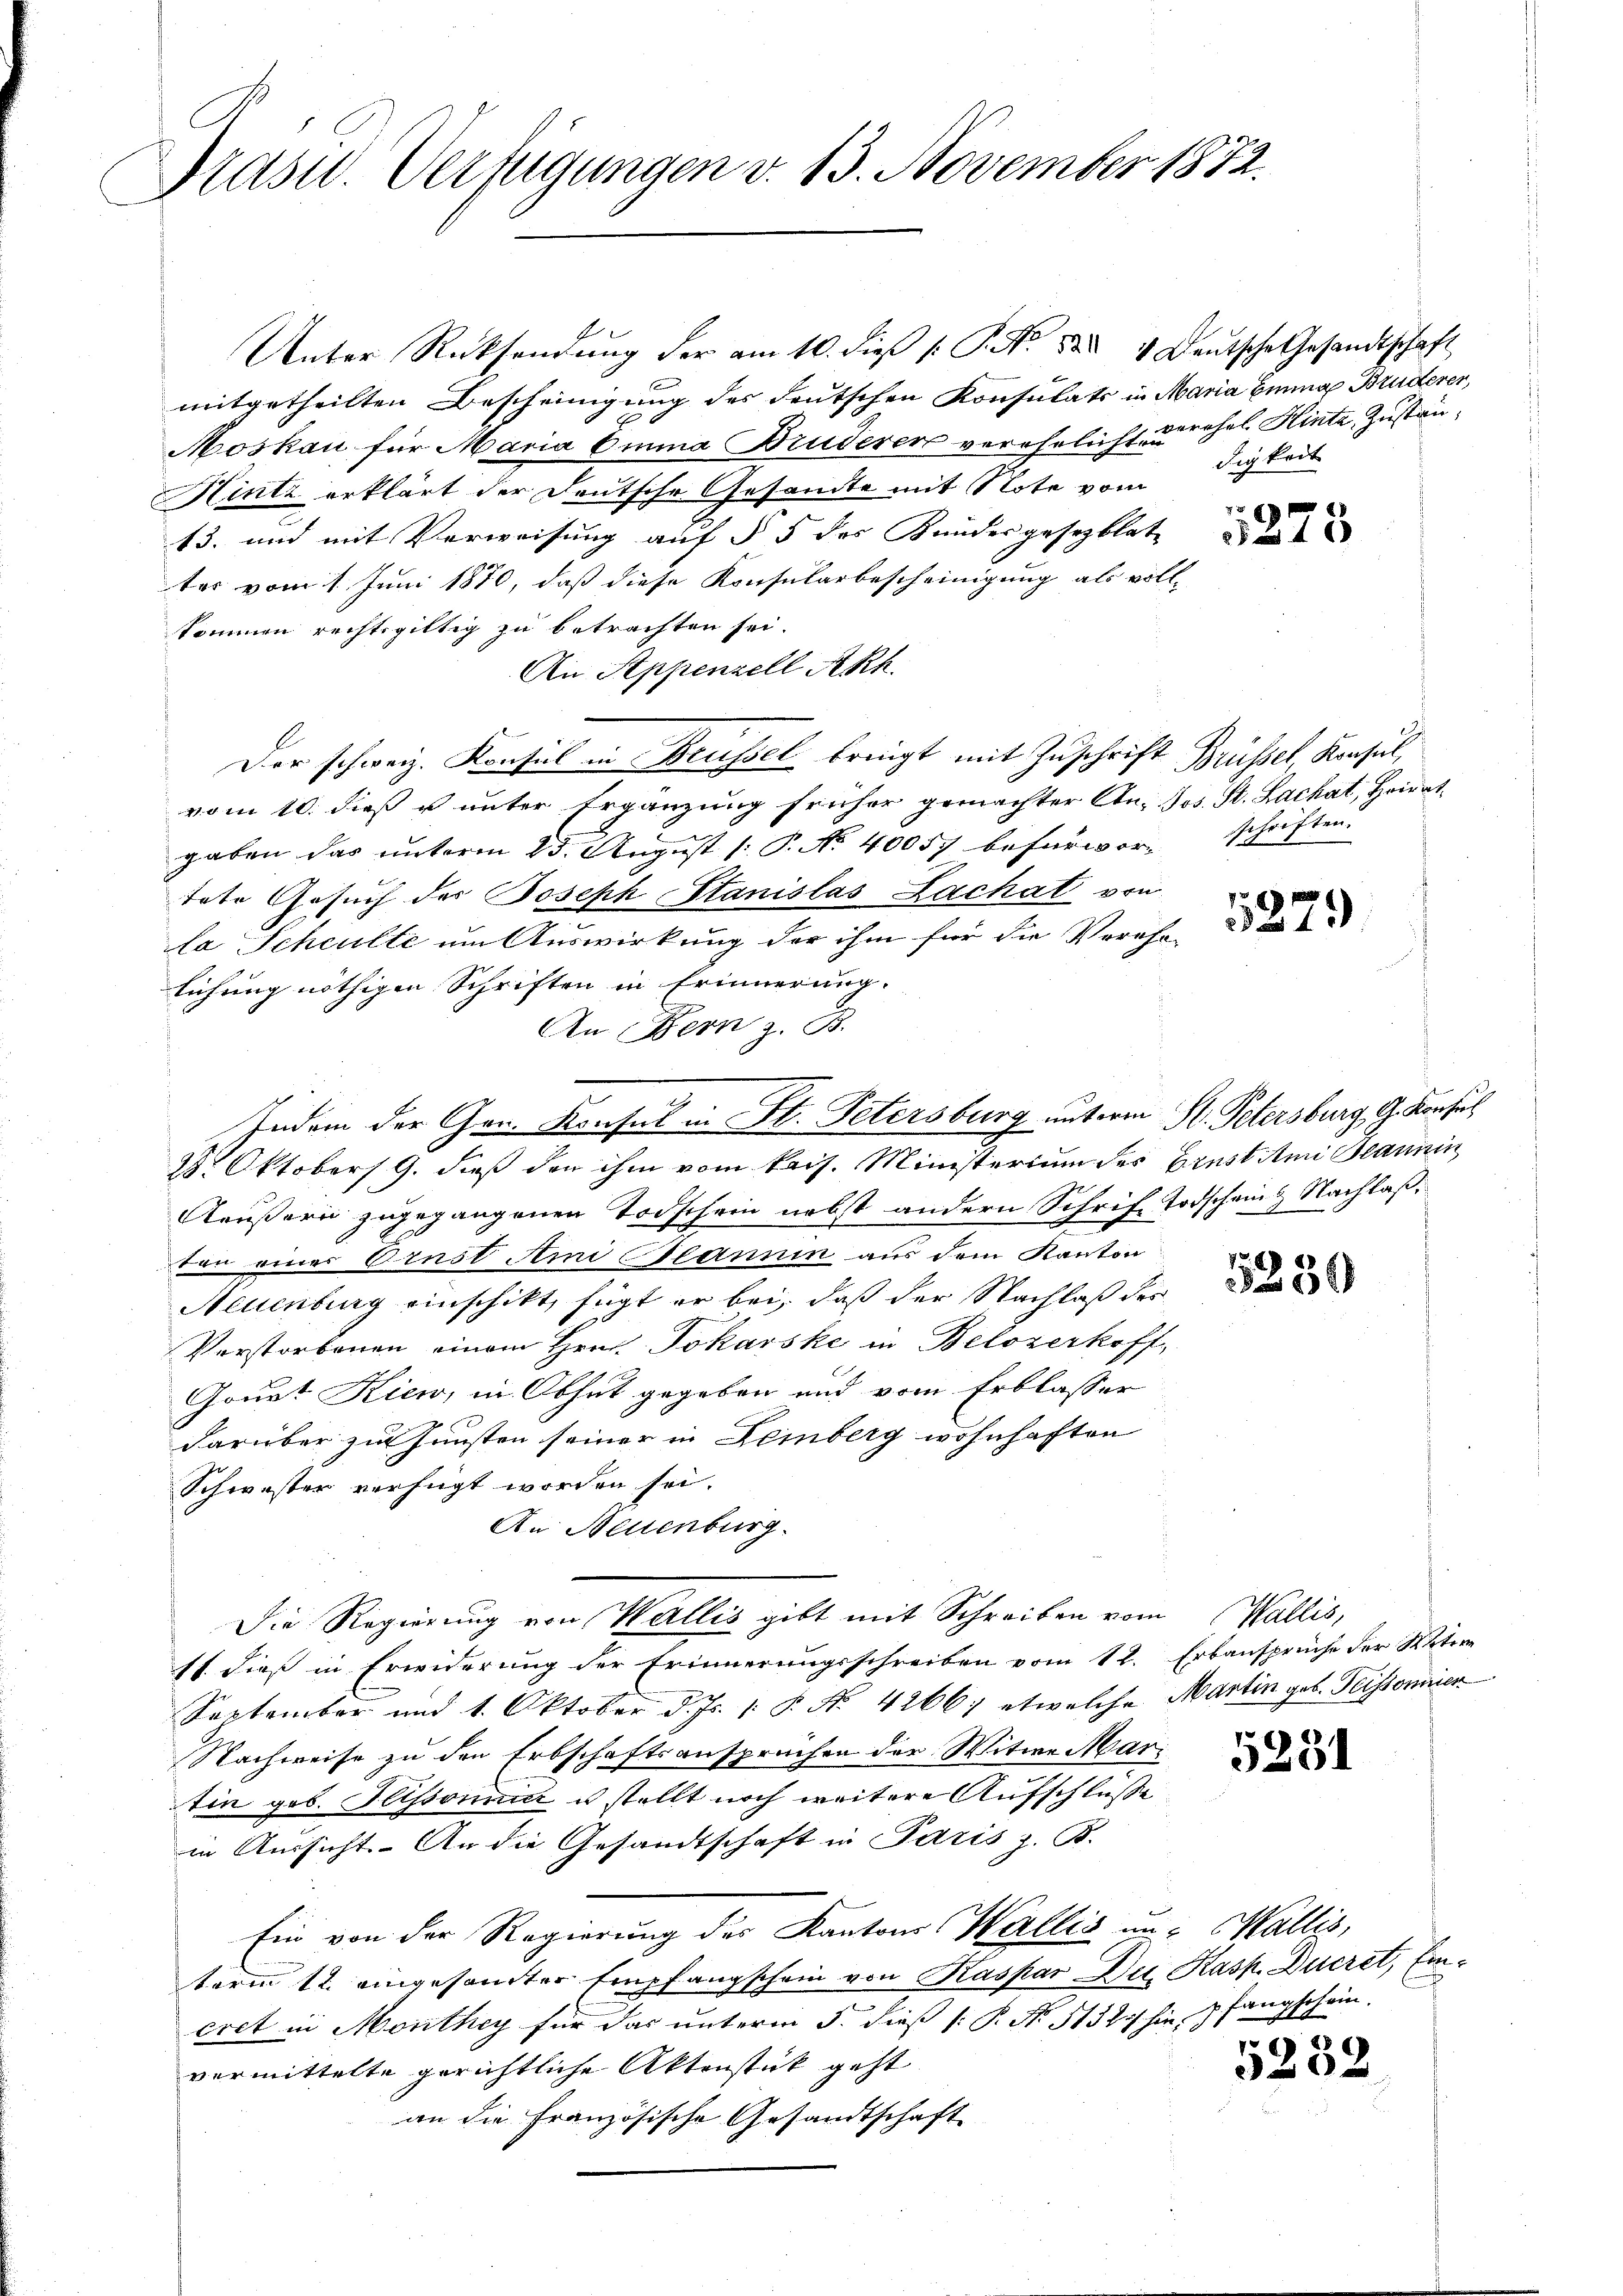
Kasw. Verfügungen v. 13. November 1872.

Unter Rücksendŭng der am 10. dieß P. Nr. 52. 4. Deutsche Gesandtschaft
mitgetheilten Bescheinigung des deutschen Konsulats in Maria Banna Bruderer,
Moskau für Maria Emma Bruderer verehelicht er ehel. Hinta, Zustän¬
Hintz erklärt der Deutsche Gesamte mit Note vom digkeit
13. und mit Verweisung auf § 5 des Bundesgesezblat
ter vom 1. Juni 1870, daß diese Konsularbescheinigung als voll-
kommen rechtsgültig zu betrachten sei.
An Appenzell Akh.
Der schweiz. Konsul in Brüssel bringt mit Zuschrift Brüssel, Konsul,
vom 10. dieß u unter Ergänzung früher gemachter An- Jos. St. Lachat, Heiratgaben das unterm 25. August [: P. No. 40057 befürwortote Gesuch des Joseph Stanislas Lachat von
la Schulte um Auswirkung der ihm für die Verehe-
lichung nöthigen Schriften in Erinnerung.
An Bern z. B.
2 Oktobers 9. dieß den ihm vom kais. Ministerium des Ernst Ami Bannin
Aeußern zugegangenen Todschein nebst andern Schrif Todschainz Nachlaßton eines Ornst Ami Plannin aus dem Kanton
Neuenburg einschikt, fügt er bei, daß der Nachlaß des
Verstorbenen einem Hrn. Jokarske in Belozerkoff
Gonat Kien, in Obhut gegeben und vom Erblasser
darüber zu Gunsten seiner in Deinberg wohnhaften
Schwester verfügt worden sei.
An Neuenburg.
Die Regierung von Wallis gibt mit Schreiben vom Wallis,
st dieß in Erwiderung der Erinnerungsschreiben vom 12. Erbansprüche der Weitere
September und 1. Oktober d. Js. /: P. No. 4266; etwelche Martin geb. Peissonnier
Nachweise zu den Erbschaftsansprüchen der Witwe Martin geb. Sissonnicz u stellt noch weitere Aufschluße
in Aussicht. An die Gesandtschaft in Paris z. B.
Ein von der Regierung des Kantons Wallis un- Wallis,
term 12. eingesamter Empfangschein von Kaspar Die Kasp. Ducret, Eincret in Monthey für das unterm 5. dieß P. No. 5132/ hie pfangschein.
vermittelte gerichtliche Aktenstück geht
an die Französische Gesandtschaft

Indem der Gen. Konsul in St. Petersburg unterm St. Petersburg G. Konsul

1223

schriften.

27.

5230

5231

5252